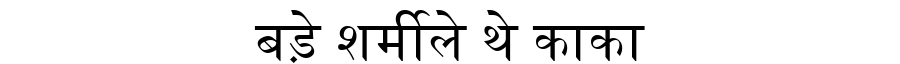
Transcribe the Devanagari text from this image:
बड़े शर्मीले थे काका